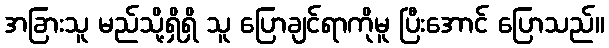
အခြားသူ မည်သို့ရှိရှိ သူ ပြောချင်ရာကိုမူ ပြီးအောင် ပြောသည်။